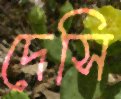
দেসি